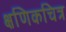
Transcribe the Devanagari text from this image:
क्षणिकचित्र